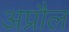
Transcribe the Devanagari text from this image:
अप्रौल